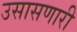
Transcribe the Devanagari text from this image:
उसासणारी